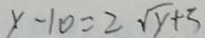
y - 1 0 = 2 \sqrt { y } + 3